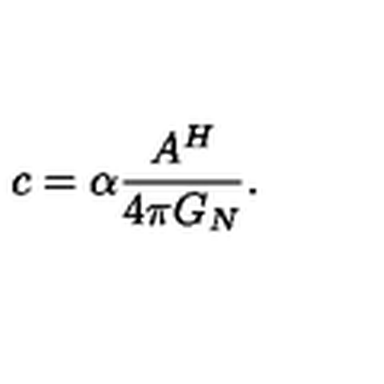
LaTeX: c = \alpha \frac { A ^ { H } } { 4 \pi G _ { N } } .